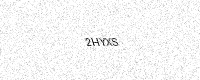
Text: 2HYXS